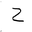
Letter: _ha